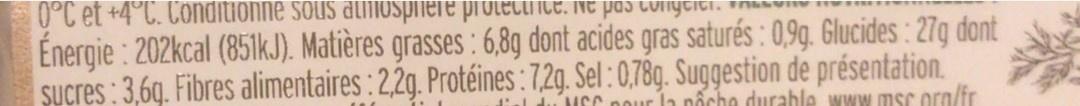
0°C et +4°C. Conditionne sous alifiOSpiiere protectiice. Nt pos colnyeid Energie : 202kcal (851k.J). Matières grasses : 6,8g dont acides gras saturés : 0,9g. Glucides : 27g dont SUcres : 3,6q. Fibres alimentaires : 2,2g. Protéines :7.29. Sel :0,78g. Suggestion de présentation.
Ía poche durable www.msc ora/fr